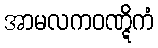
အာမလကဝဏ္ဋိကံ